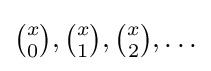
{\textstyle {\binom {x}{0}},{\binom {x}{1}},{\binom {x}{2}},\dots }